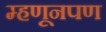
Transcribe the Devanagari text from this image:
म्हणूनपण